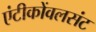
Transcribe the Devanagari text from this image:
एंटीकोंवलसंट